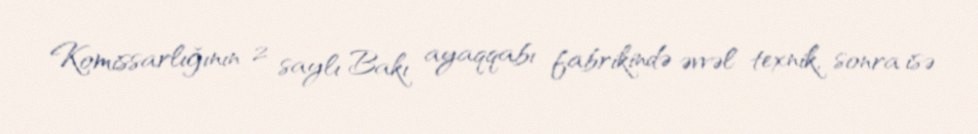
Komissarlığının 2 saylı Bakı ayaqqabı fabrikində əvvəl texnik, sonra isə